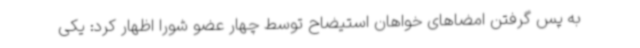
به پس گرفتن امضاهای خواهان استیضاح توسط چهار عضو شورا اظهار کرد: یکی